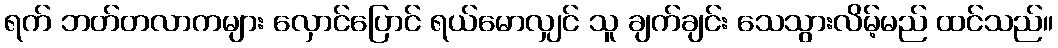
ရက် ဘတ်တလာကများ လှောင်ပြောင် ရယ်မောလျှင် သူ ချက်ချင်း သေသွားလိမ့်မည် ထင်သည်။